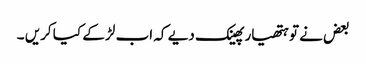
بعض نے تو ہتھیار پھینک دیے کہ اب لڑ کے کیا کریں ۔